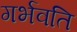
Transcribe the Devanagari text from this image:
गर्भवति